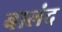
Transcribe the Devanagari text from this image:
बालंद